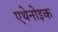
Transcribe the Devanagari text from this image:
एथेनोइक